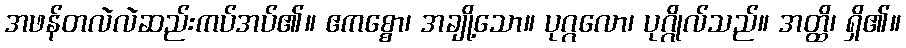
အဖန်တလဲလဲဆည်းကပ်အပ်၏။ ဧကစ္စော၊ အချို့သော။ ပုဂ္ဂလော၊ ပုဂ္ဂိုလ်သည်။ အတ္ထိ၊ ရှိ၏။